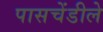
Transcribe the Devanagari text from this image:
पासचेंडीले